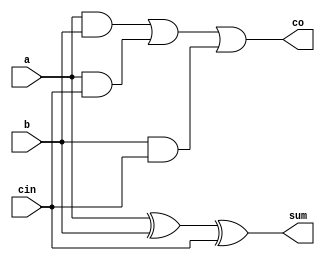
module add1x1(
  input a,
  input b,
  input cin,
  output sum,
  output co);

  xor g1(sum,a,b,cin);
  and g2(k,a,b);
  and g3(l,a,cin);
  and g4(m,b,cin);
  or g5(co,k,l,m);

endmodule